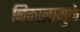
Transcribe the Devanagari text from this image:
निकालामुळे